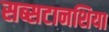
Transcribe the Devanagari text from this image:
सब्सटानशिया